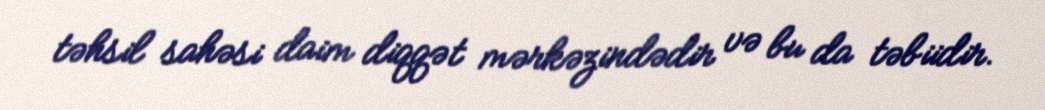
təhsil sahəsi daim diqqət mərkəzindədir və bu da təbiidir.